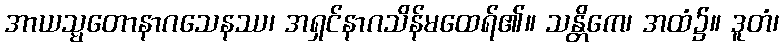
အာယသ္မတောနာဂသေနဿ၊ အရှင်နာဂသိန်မထေရ်၏။ သန္တိကေ၊ အထံ၌။ ဒူတံ၊